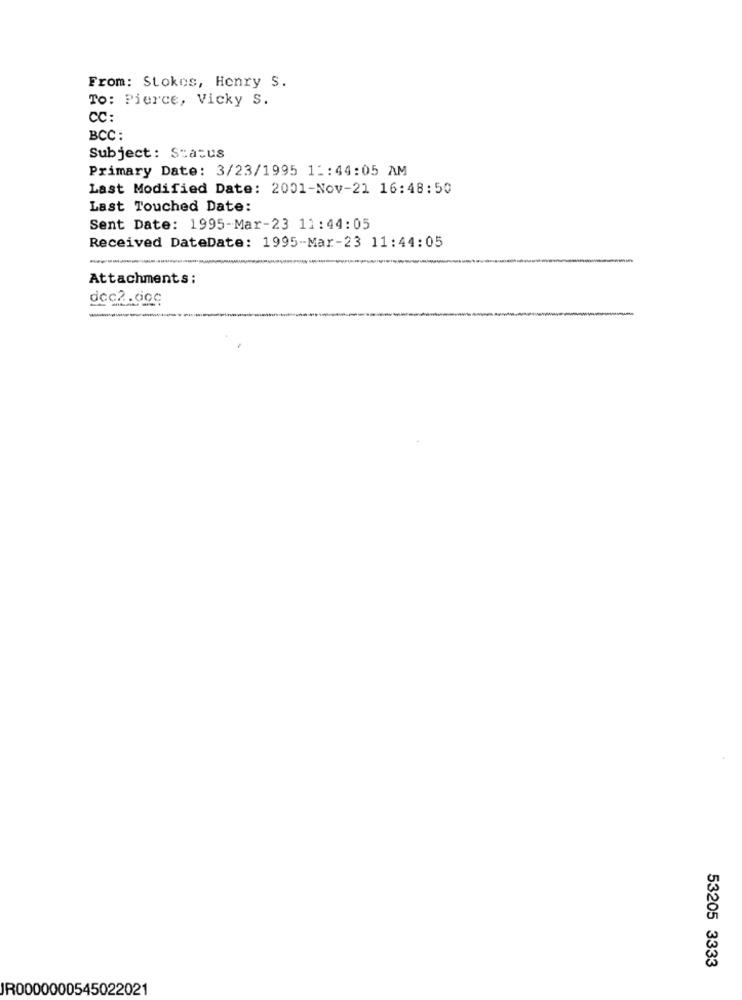
From: Stokes, Henry S.
To: Pierce, Vicky S.
CC:
BCC :
Subject: Status
Primary Date: 3/23/1995 1 :: 44:05 AM
Last Modified Date: 2001-Nov-21 16:48:50
Last Touched Date:
Sent Date: 1995-Mar-23 11:44:05
Received DateDate: 1995-Mar-23 11:44:05
-------
Attachments:
dec2.doc
-----
53205 3333
JR0000000545022021